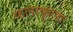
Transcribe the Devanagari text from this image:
फलाफूला